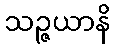
သဉ္ဇယာနိ